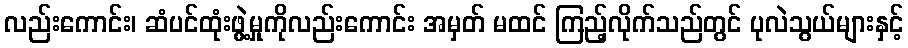
လည်းကောင်း၊ ဆံပင်ထုံးဖွဲ့မှုကိုလည်းကောင်း အမှတ် မထင် ကြည့်လိုက်သည်တွင် ပုလဲသွယ်များနှင့်